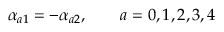
\alpha _ { a 1 } = - \alpha _ { a 2 } , \qquad a = 0 , 1 , 2 , 3 , 4